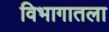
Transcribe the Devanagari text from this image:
विभागातला